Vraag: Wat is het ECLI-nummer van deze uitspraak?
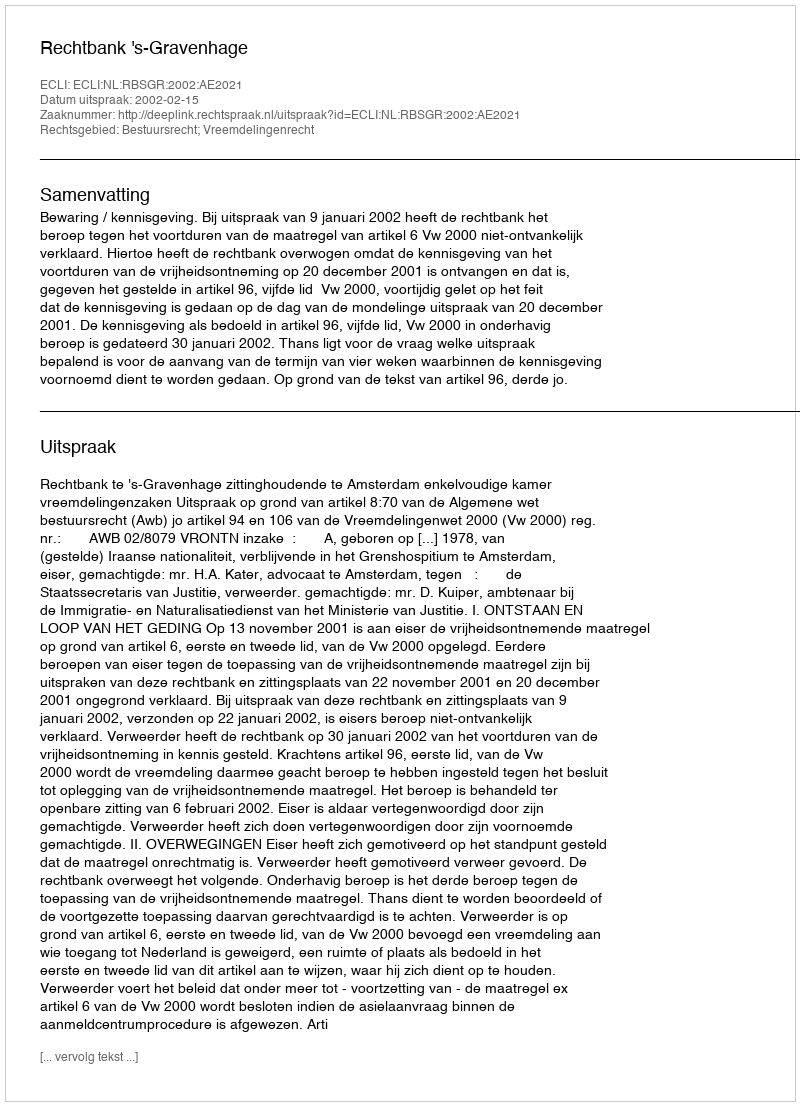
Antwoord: ECLI:NL:RBSGR:2002:AE2021